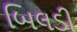
બિલડી